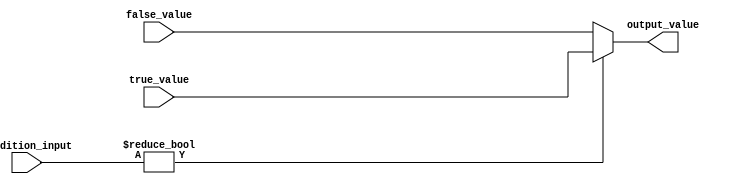
module conditional_operator_assignment (
    input wire [3:0] condition_input,  // Example input signal (4-bit)
    input wire [7:0] true_value,       // Value to assign if condition is true
    input wire [7:0] false_value,      // Value to assign if condition is false
    output reg [7:0] output_value       // Output signal
);

    // Behavioral modeling using ternary operator
    always @(*) begin
        output_value = (condition_input != 0) ? true_value : false_value;
    end

endmodule